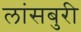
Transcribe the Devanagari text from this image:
लांसबुरी